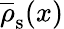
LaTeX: \overline{{\rho}}_{\mathrm{s}}(x)